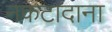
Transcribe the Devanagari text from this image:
नकटादाना